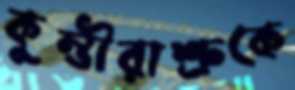
কুম্ভীরাশ্রুকে